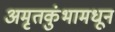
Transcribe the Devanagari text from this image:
अमृतकुंभामधून